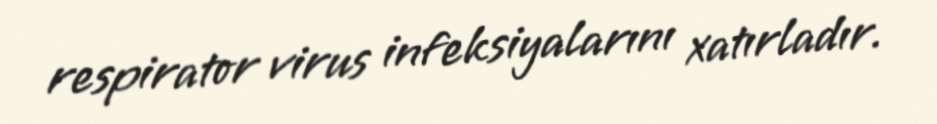
respirator virus infeksiyalarını xatırladır.